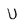
Character: U